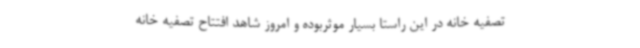
تصفیه خانه در این راستا بسیار موثربوده و امروز شاهد افتتاح تصفیه خانه